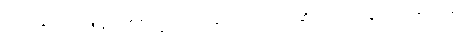
တရားတို့သည်သာလျှင်။ ဧကဓမ္မဿ၊ တစ်ခုသော တရားဟုဆိုအပ်သော။ နာမဿ၊ အမည်၏။